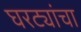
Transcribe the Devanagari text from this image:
घरट्यांचा